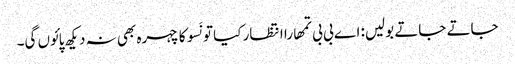
جاتے جاتے بولیں: اے بی بی تمھارا انتظار کیا تو نَسو کا چہرہ بھی نہ دیکھ پائوں گی۔